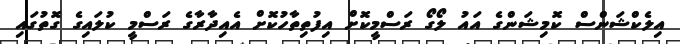
އިލެކްޝަންސް ކޮމިޝަންގެ އައު ލޯގޯ ރަސްމީކޮށް އިފުތިތާހުކޮށް އެއިދާރާގެ ރަސްމީ ކުލައިގެ ގޮތުގައި